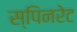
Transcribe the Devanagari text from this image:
स्पिनरेट